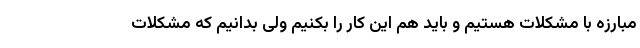
مبارزه با مشکلات هستیم و باید هم این کار را بکنیم ولی بدانیم که مشکلات